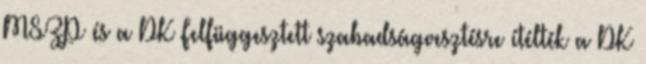
MSZP és a DK Felfüggesztett szabadságvesztésre ítélték a DK